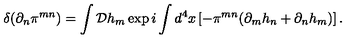
\delta ( \partial _ { n } \pi ^ { m n } ) = \int { \cal D } h _ { m } \exp i \int d ^ { 4 } x \left[ - \pi ^ { m n } ( \partial _ { m } h _ { n } + \partial _ { n } h _ { m } ) \right] .